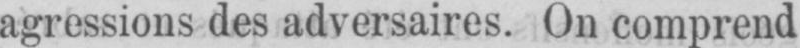
agressions des adversaires. On comprend